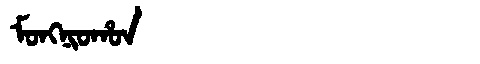
Manchu: ᠮᠣᠩᠨᡳᠣᡥᠣᠨ
Romanization: MONGNIOHON